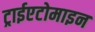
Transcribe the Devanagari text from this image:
ट्राईएटोमाइन